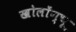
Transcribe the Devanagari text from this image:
खोलोंग्चू